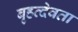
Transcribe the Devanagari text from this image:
बृहत्देवता